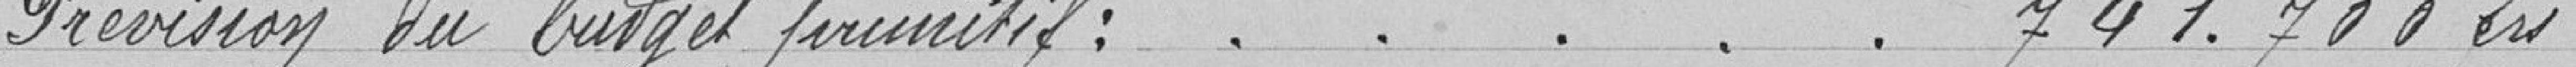
Prévision du budget primitif : . . . . . 741.700 francs